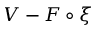
V - F \circ \xi